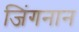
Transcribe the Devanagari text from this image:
जिंगनान